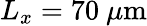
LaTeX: L_{x}=70\ \mu\mathrm{m}